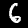
Digit: 6